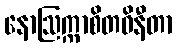
နောဩက္ကာစိတဝိနီတာ